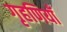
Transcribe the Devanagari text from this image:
गृहणियाँ